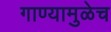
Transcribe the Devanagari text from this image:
गाण्यामुळेच